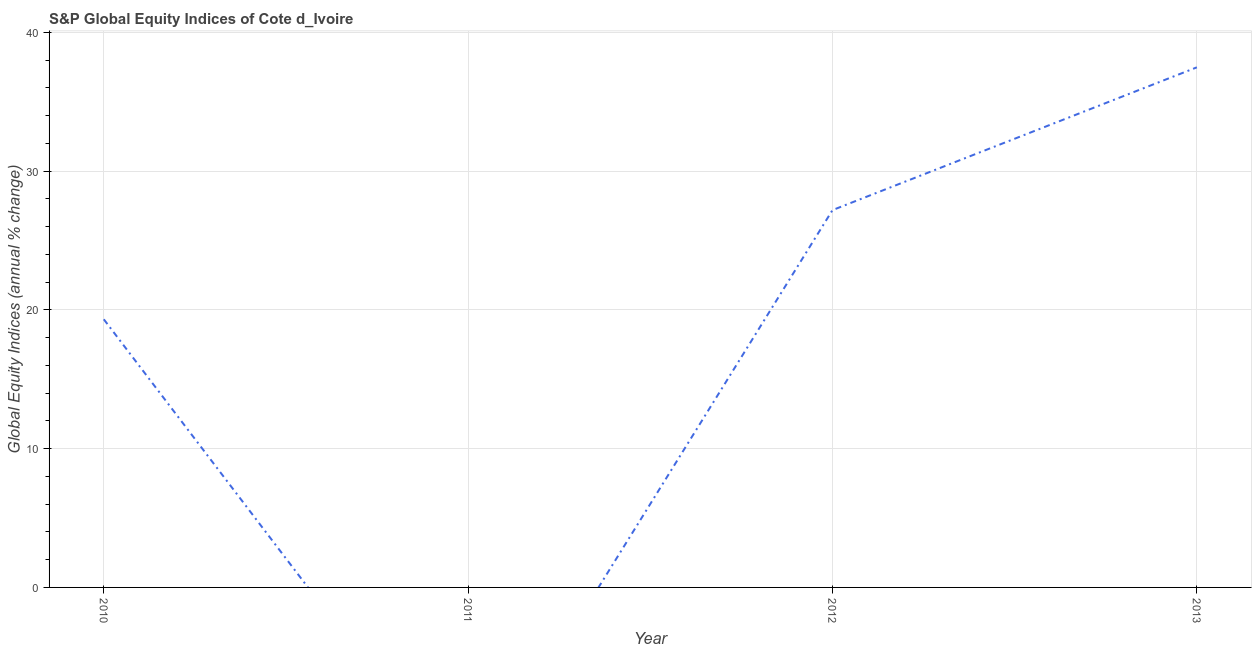
| Year | S&P Global Equity Indices |
 | --- | --- |
 | 2010 | 19.3 |
 | 2011 | -15.2 |
 | 2012 | 27.2 |
 | 2013 | 37.5 |